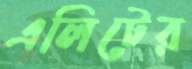
এলিটের